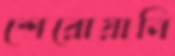
শেরোয়ানি